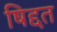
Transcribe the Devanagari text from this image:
षिद्दत